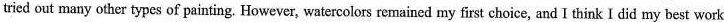
tried out many other types of painting. However, watercolors remained my first choice, and I think I did my best work